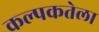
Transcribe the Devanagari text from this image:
कल्पकतेला